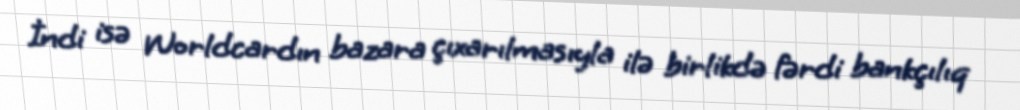
İndi isə Worldcardın bazara çıxarılmasıyla ilə birlikdə fərdi bankçılıq